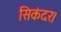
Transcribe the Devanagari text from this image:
सिकंदर।